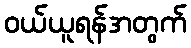
ဝယ်ယူရန်အတွက်